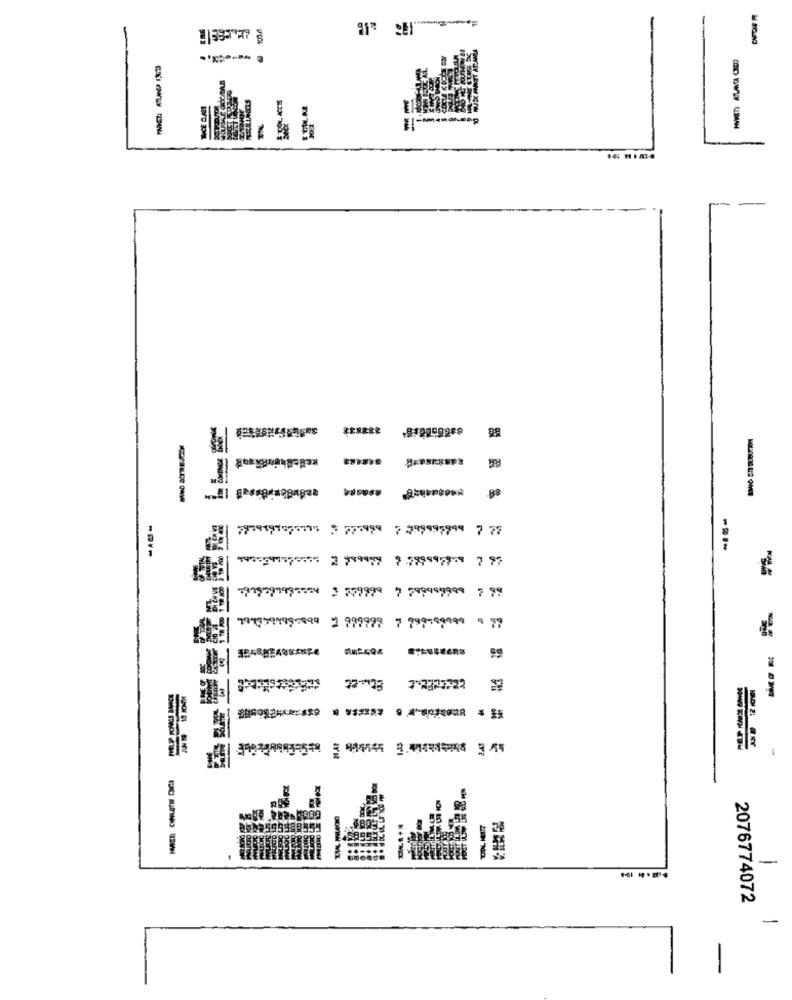
----
--
7979197575373 7 775999
7 .999997999 7 77
59152935976 2999959 7799997979 7 97
-- -
Etmet
TIL HOUT
-
2076774072